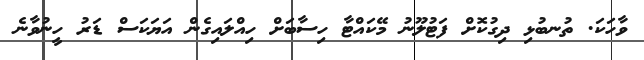
ވާހަކަ. ތުނބުޅި ދިގުކޮށް ފަޓުލޫނު މޭކައްޓާ ހިސާބަށް ހިއްލައިގެން އަޔަކަސް ޑަރު ހީނުވާނެ